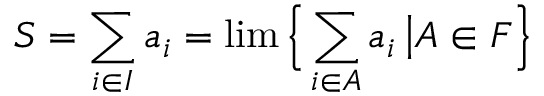
S = \sum _ { i \in I } a _ { i } = \operatorname* { l i m } { \Bigl \{ } \sum _ { i \in A } a _ { i } \, { \big | } A \in F { \Bigr \} }